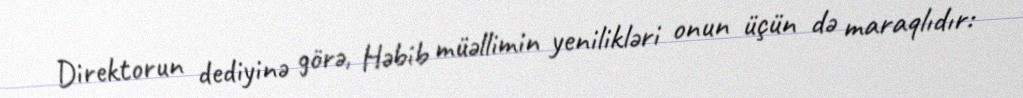
Direktorun dediyinə görə, Həbib müəllimin yenilikləri onun üçün də maraqlıdır: